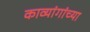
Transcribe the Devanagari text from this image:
काव्यांगांच्या